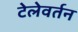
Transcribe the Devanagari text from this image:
टेलेवर्तन